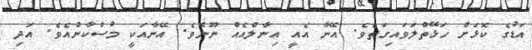
އަޑުގެ ކޮޅަށް ހަޅޭތްލަވައިގަތެވެ. އޭނާ އެއީ އިނާލްއެއް ނޫނެވެ. އޭނާއަކީ މުސްކާންއެވެ. އަދި